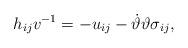
LaTeX: \begin{align*}h_{ij} v^{-1} = - u_{ij} - \dot\vartheta \vartheta \sigma_{ij},\end{align*}